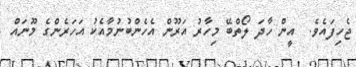
ޖެހިފައެވެ.  އީން ހާދަ ލޯތްބޭ މިހާރު އަރޫން އެހެންބުނުމާއެކު އަހަރެންގެ މޫނައް